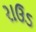
રાઉડ